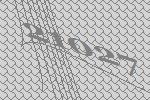
21027